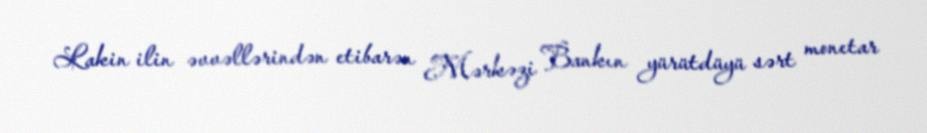
Lakin ilin əvvəllərindən etibarən Mərkəzi Bankın yürütdüyü sərt monetar